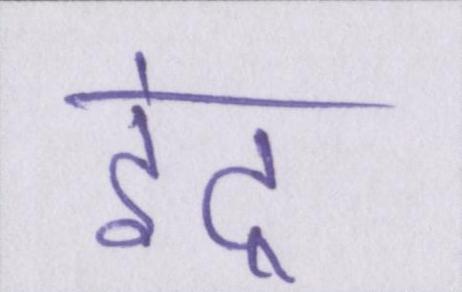
इंद्र